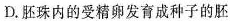
D.胚珠内的受精卵发育成种子的胚